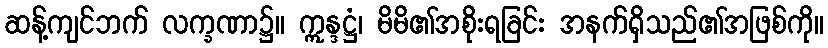
ဆန့်ကျင်ဘက် လက္ခဏာ၌။ ဣန္ဒဋ္ဌံ၊ မိမိ၏အစိုးရခြင်း အနက်ရှိသည်၏အဖြစ်ကို။